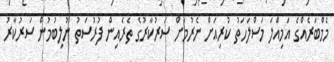
މެމްބަރެއްގެ އަމިއްލަ މަސްލަހަތު ކުރިއަށް ނެރުމަށް ސަރުކާރުގެ ތެރެއިން ފުރުސަތު ނުލިބުމުން ސަރުކާރު